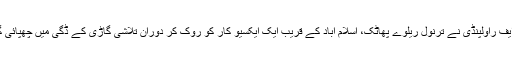
تیسری کاروائی کے دوران اے این ایف راولپنڈی نے ترنول ریلوے پھاٹک، اسلام آباد کے قریب ایک ایکسیو کار کو روک کر دوران تلاشی گاڑی کے ڈگّی میں چھپائی گئی 3 کلو گرام ہیروئن برآمد کر لی۔